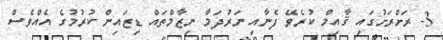
3- ރަށްރަށުގައި ޤާއިމް ކުރެވޭ ފެނާއި ނަރުދަމާ ނިޒާމްތައް ޑިޒައިން ކުރުމުގެ އެއްވެސް